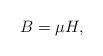
\begin{align*}B=\mu H,\end{align*}